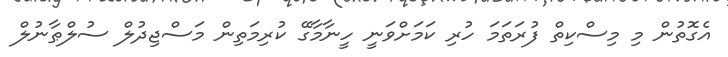
އެގޮތުން މި މިސްކިތް ފުރަތަމަ ހުރި ކަމަށްވަނީ ހީނާމާގޭ ކުރިމަތިން މަސްޖިދުލް ސުލްޠާނުލް